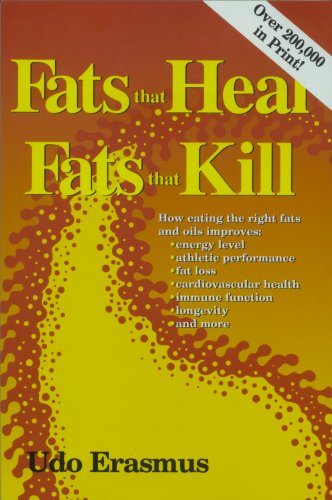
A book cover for Fats That Heal, Fats That Kill: The Complete Guide to Fats, Oils, Cholesterol and Human Health; Udo Erasmus; Health, Fitness & Dieting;